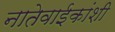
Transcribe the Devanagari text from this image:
नातेवाईकांशी